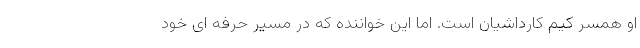
او همسر کیم کارداشیان است. اما این خواننده که در مسیر حرفه ای خود